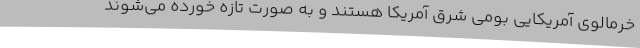
خرمالوی آمریکایی بومی شرق آمریکا هستند و به صورت تازه خورده می‌شوند